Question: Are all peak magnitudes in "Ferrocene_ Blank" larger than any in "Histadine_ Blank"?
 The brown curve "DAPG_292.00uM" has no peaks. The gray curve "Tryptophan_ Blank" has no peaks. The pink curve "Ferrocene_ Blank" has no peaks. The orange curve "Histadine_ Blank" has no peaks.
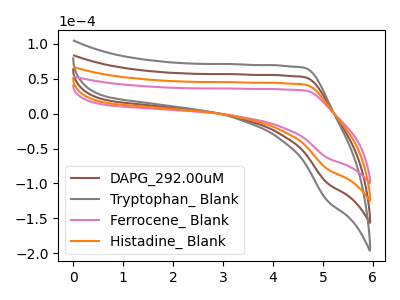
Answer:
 <answer>Niether CV has any peaks.</answer>
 <eval>blanks</eval>